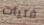
فتيات